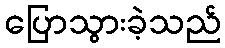
ပြောသွားခဲ့သည်